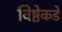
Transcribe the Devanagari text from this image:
विष्ठेकडे